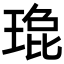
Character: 𬍹